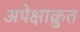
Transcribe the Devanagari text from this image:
अपेक्षाक्रुत